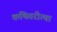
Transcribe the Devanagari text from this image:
कथितरीत्या